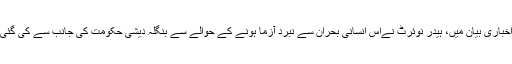
ہفتے کو جاری ہونے والے ایک اخباری بیان میں، ہیدر نوئرٹ نےاس انسانی بحران سے نبرد آزما ہونے کے حوالے سے بنگلہ دیشی حکومت کی جانب سے کی گئی فراخدلانہ کاوشوں کو سراہا ہے۔